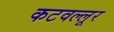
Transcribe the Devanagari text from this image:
कटवल्लूर